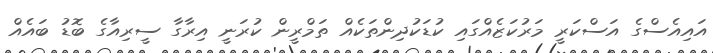
އައިއެސްގެ އަސްކަރީ މަރުކަޒެއްގައި ކުޑަކުދިންތަކެއް ތަމްރީން ކުރަނީ އިރާގާ ސީރިއާގެ ބޮޑު ބައެއް